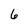
Character: 6